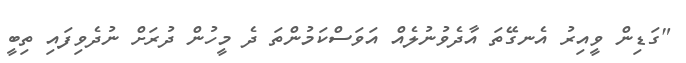
"ގަޑިން ވީއިރު އެނގޭތަ އާދެވުނުލެއް އަވަސްކަމުންތަ ދެ މީހުން ދުރަށް ނުދެވިފައި ތިބީ